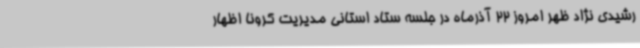
رشیدی نژاد ظهر امروز 22 آذرماه در جلسه ستاد استانی مدیریت کرونا اظهار